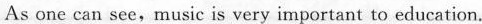
As one can see, music is very important to education.